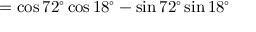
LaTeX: = \cos 7 2 ^ { \circ } \cos 1 8 ^ { \circ } - \sin 7 2 ^ { \circ } \sin 1 8 ^ { \circ }